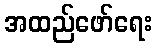
အထည်ဖော်ရေး